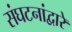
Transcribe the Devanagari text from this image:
संघटनांद्वारे